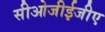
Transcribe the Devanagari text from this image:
सीओजीईजीए